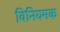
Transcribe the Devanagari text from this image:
विनियमक